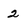
Character: 2